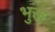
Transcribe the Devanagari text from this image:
भुक्त